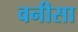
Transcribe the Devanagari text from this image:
वनीसा